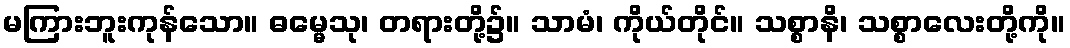
မကြားဘူးကုန်သော။ ဓမ္မေသု၊ တရားတို့၌။ သာမံ၊ ကိုယ်တိုင်။ သစ္စာနိ၊ သစ္စာလေးတို့ကို။